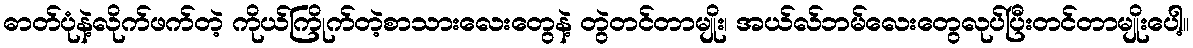
ဓာတ်ပုံနဲ့လိုက်ဖက်တဲ့ ကိုယ်ကြိုက်တဲ့စာသားလေးတွေနဲ့ တွဲတင်တာမျိုး၊ အယ်လ်ဘမ်လေးတွေလုပ်ပြီးတင်တာမျိုးပေါ့။